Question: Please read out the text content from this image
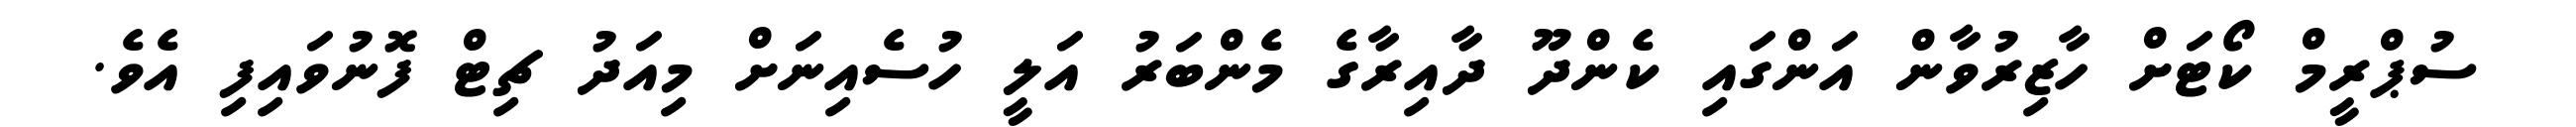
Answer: ސުޕްރީމް ކޯޓަށް ހާޒިރުވާން އަންގައި ކެންދޫ ދާއިރާގެ މެންބަރު އަލީ ހުސެއިނަށް މިއަދު ޗިޓް ފޮނުވައިފި އެވެ.